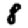
Digit: 8